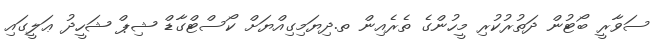
ސަވާރީ ބޯޓުން ދަތުރުކުރި މީހުންގެ ތެރެއިން ތ.ދިޔަމިގިއްޔަށް ކޯސްޓްގާޑް ޝިޕް ޝަހީދު ޢަލީގައި